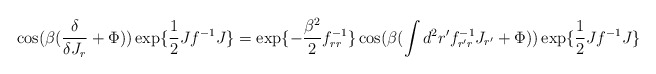
\begin{align*}\cos(\beta({\frac {\delta}{\delta J_{r}}}+\Phi))\exp\{{\frac {1}{2}}Jf^{-1}J\}=\exp\{-{\frac {\beta^2}{2}}f^{-1}_{r r}\}\cos(\beta(\int d^2 r'f^{-1}_{r'r}J_{r'}+\Phi))\exp\{{\frac {1}{2}}Jf^{-1}J\}\end{align*}